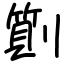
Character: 劕